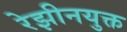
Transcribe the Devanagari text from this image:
रेझीनयुक्त